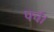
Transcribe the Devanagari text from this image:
पर्च।